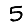
Digit: 5